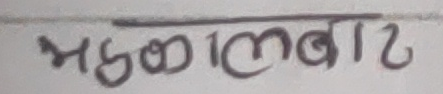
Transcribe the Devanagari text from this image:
भूमिकालाबा२